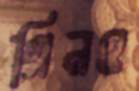
গ্রিনও